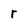
Character: r